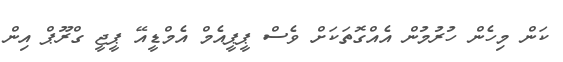
ކަން މިހެން ހުރުމުން އެއްގޮތަކަށް ވެސް ޕީޕީއެމް އެމްޑީއޭ ޕީޖީ ގްރޫޕް އިން